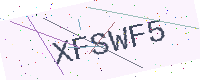
Text: XFSWF5